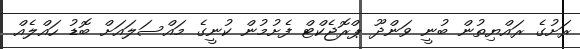
ރަށުގެ ރައްޔިތުން ބުނީ ވަންދޫ ޕްރޮޖެކްޓް ފެށުމުން ކުނީގެ މައްސަލައަށް ބޮޑު ހައްލެއް